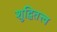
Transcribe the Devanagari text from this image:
शुद्धितत्त्व